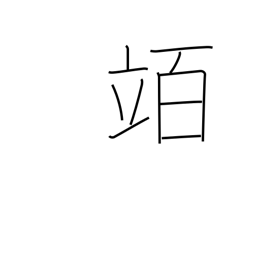
Meaning: hectolitre